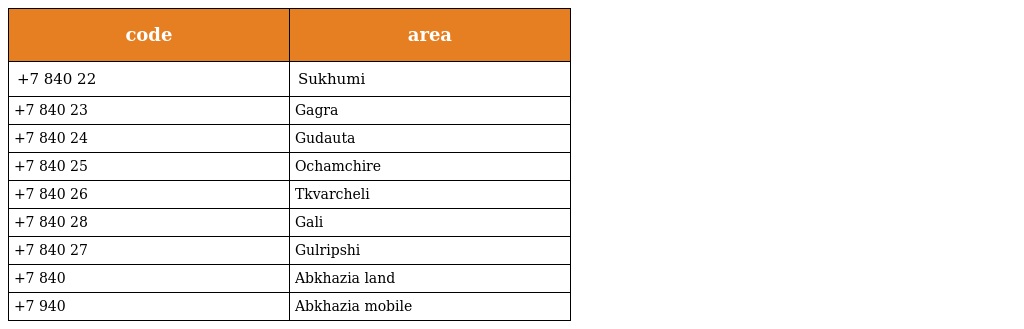
| code | area |
 | --- | --- |
 | +7 840 22 | Sukhumi |
 | +7 840 23 | Gagra |
 | +7 840 24 | Gudauta |
 | +7 840 25 | Ochamchire |
 | +7 840 26 | Tkvarcheli |
 | +7 840 28 | Gali |
 | +7 840 27 | Gulripshi |
 | +7 840 | Abkhazia land |
 | +7 940 | Abkhazia mobile |